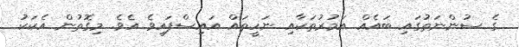
ގެ ސުންނަތުގައި ބައެއް އަމުރުތަކާއި ނަހީތައް އައިސްފައިވެ އެވެ. މިގޮތުން އެކަކު